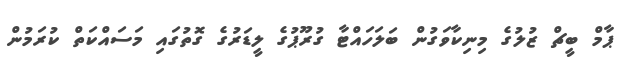
ޕާމް ބީޗް ޒުލުގެ މިނިކާވަގުން ބަލަހައްޓާ ގުރޫޕުގެ ލީޑަރުގެ ގޮތުގައި މަސައްކަތް ކުރަމުން